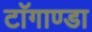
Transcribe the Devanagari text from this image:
टाॅगाण्डा